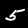
Digit: 5